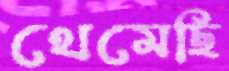
থেমেছি